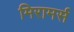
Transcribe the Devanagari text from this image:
मिरामर्स